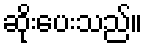
ဆိုးပေးသည်။